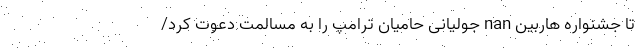
تا جشنواره هاربین nan جولیانی حامیان ترامپ را به مسالمت دعوت کرد/